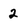
Character: 2